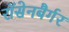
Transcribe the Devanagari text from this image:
रॉसेनबैर्गर